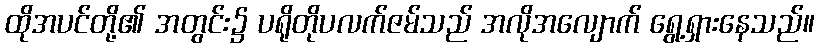
ထိုအပင်တို့၏ အတွင်း၌ ပရိုတိုပလက်ဇမ်သည် အလိုအလျောက် ရွေ့ရှားနေသည်။